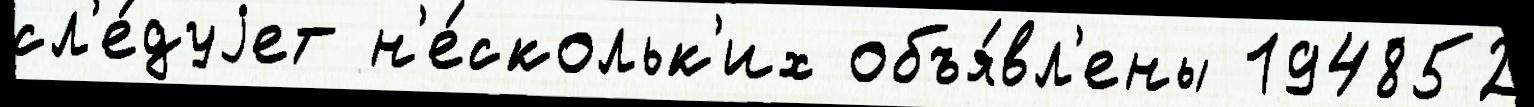
сл'е́дуjет н'е́скольк'их объя́вл'ены 194852